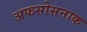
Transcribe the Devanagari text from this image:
अफसोसनाक